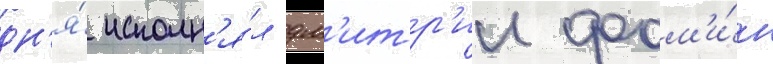
дн'я́ исполн'я́л дм'итр'ии фом'и́н